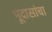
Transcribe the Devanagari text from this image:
भूदासांचा